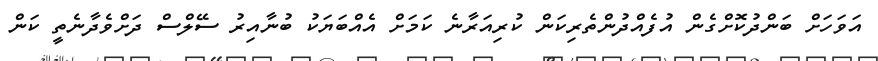
އަވަހަށް ބަންދުކޮށްގެން އުފެއްދުންތެރިކަން ކުރިއަރާނެ ކަމަށް އެއްބަޔަކު ބުނާއިރު ސޭލްސް ދަށްވެދާނެތީ ކަން